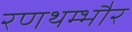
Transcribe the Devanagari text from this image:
रणथम्‍भौर